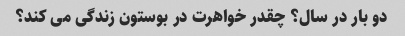
دو بار در سال؟ چقدر خواهرت در بوستون زندگی می کند؟